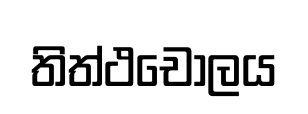
තිත්ථචෝලය